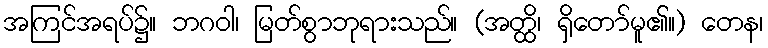
အကြင်အရပ်၌။ ဘဂဝါ၊ မြတ်စွာဘုရားသည်။ (အတ္ထိ၊ ရှိတော်မူ၏။) တေန၊